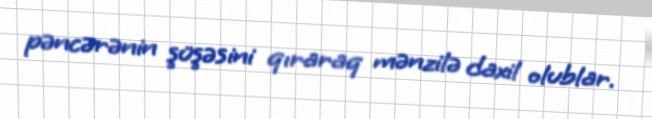
pəncərənin şüşəsini qıraraq mənzilə daxil olublar.